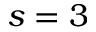
s = 3